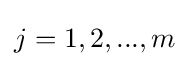
j=1,2,...,m